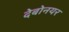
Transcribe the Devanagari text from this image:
देबोनयर